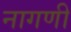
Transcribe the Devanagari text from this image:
नागणी